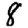
Digit: 8